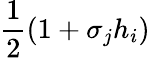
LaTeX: \frac{1}{2}(1+\sigma_{j}h_{i})